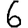
Digit: 6